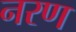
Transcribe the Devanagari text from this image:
नरण